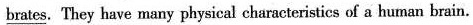
bratcs}. They have many physical characteristics of a human brain.